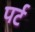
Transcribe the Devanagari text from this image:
पर्ट